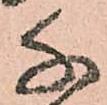
千